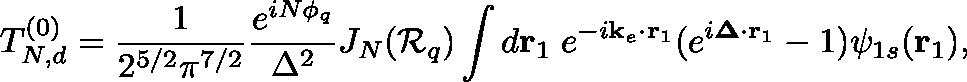
T _ { N , d } ^ { ( 0 ) } = \frac { 1 } { 2 ^ { 5 / 2 } \pi ^ { 7 / 2 } } \frac { e ^ { i N \phi _ { q } } } { \Delta ^ { 2 } } J _ { N } ( { \cal R } _ { q } ) \int d \mathbf { r } _ { 1 } \; e ^ { - i \mathbf { k } _ { e } \cdot \mathbf { r } _ { 1 } } ( e ^ { i \mathbf { \Delta } \cdot \mathbf { r } _ { 1 } } - 1 ) \psi _ { 1 s } ( \mathbf { r } _ { 1 } ) ,